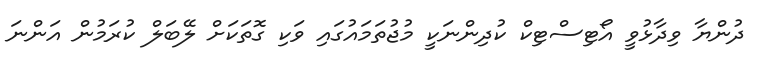
ދުންޔާ ވިދާޅުވީ އޯޓިސްޓިކް ކުދިންނަކީ މުޖުތަމައުގައި ވަކި ގޮތަކަށް ލޭބަލް ކުރަމުން އަންނަ